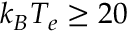
k _ { B } T _ { e } \ge 2 0